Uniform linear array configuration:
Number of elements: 12
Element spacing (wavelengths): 1
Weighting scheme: binomial
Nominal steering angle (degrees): -30
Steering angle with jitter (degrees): -30.588
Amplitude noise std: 0.05
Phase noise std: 0.05

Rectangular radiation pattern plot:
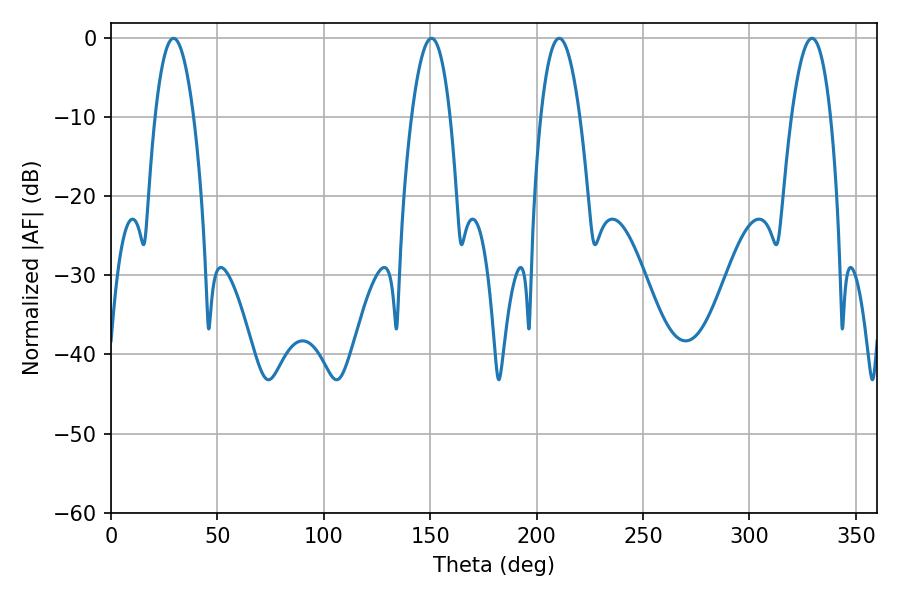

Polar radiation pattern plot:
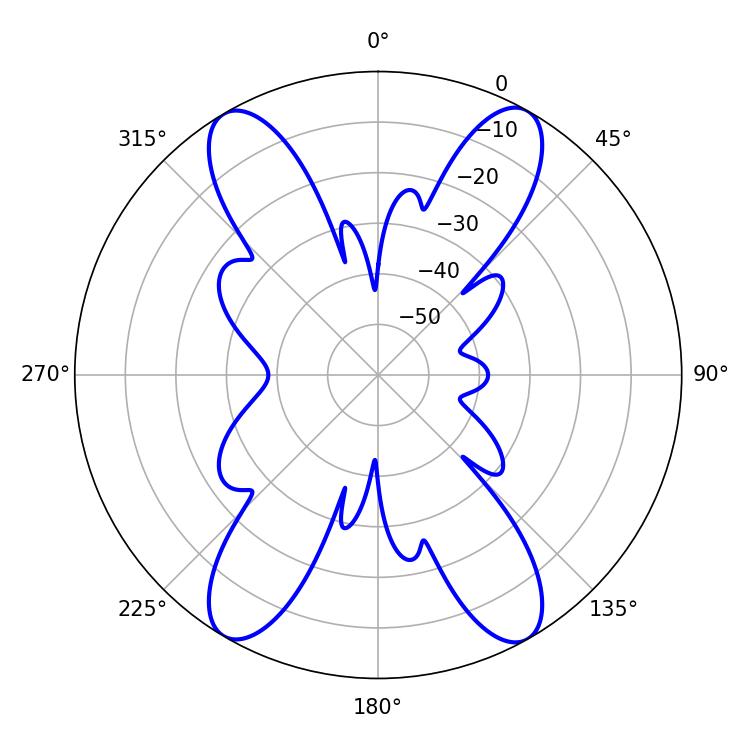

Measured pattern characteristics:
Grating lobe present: TRUE
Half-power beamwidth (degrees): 10.08
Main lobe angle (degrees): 210.6